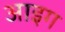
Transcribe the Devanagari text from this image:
आइग